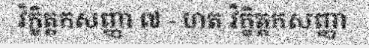
វិក្ខិត្តកសញ្ញា ៧ - ហត វិក្ខិត្តកសញ្ញា